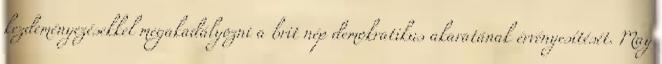
kezdeményezésekkel megakadályozni a brit nép demokratikus akaratának érvényesítését. May